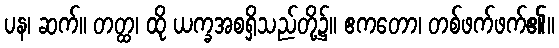
ပန၊ ဆက်။ တတ္ထ၊ ထို ယက္ခအစရှိသည်တို့၌။ ဧကတော၊ တစ်ဖက်ဖက်၏။